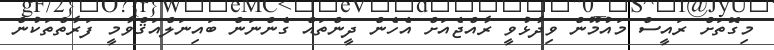
މިގޮތަށް ރައީސް މައުމޫން ވިދާޅުވީ ރާއްޖެއަށް އެހެން ދީންތައް ގެންނަން ބައިނަލްއަޤްވާމީ ފަރާތްތަކުން